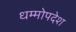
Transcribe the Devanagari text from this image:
धम्मोपदेश